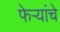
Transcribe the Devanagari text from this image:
फेऱ्यांचे